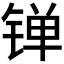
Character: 𬭙